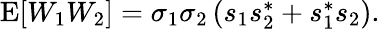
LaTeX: \begin{array}{r}{\operatorname{E}[W_{1}W_{2}]=\sigma_{1}\sigma_{2}\left(s_{1}s_{2}^{*}+s_{1}^{*}s_{2}\right).}\end{array}